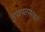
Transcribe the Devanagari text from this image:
मुखस्तम्भकरं